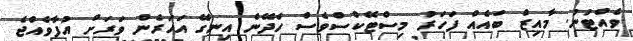
ވެއްޓުނު. މާއިޒް ބައެއް ފަހަރު މިސްޓޭކްސްވެސް ހެދޭނެ އިނގޭ އަހަރެން ވަރަށް އުފާވެއްޖެ